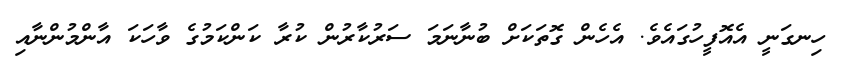
ހިނގަނީ އެއޮފީހުގައެވެ. އެހެން ގޮތަކަށް ބުނާނަމަ ސަރުކާރުން ކުރާ ކަންކަމުގެ ވާހަކަ އާންމުންނާއި